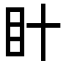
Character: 𭾗